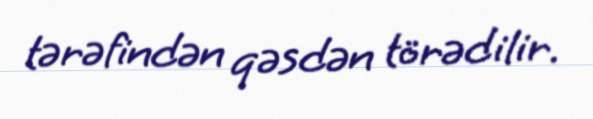
tərəfindən qəsdən törədilir.